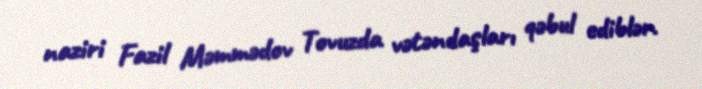
naziri Fazil Məmmədov Tovuzda vətəndaşları qəbul ediblər.